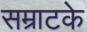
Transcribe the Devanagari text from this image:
सम्राटके